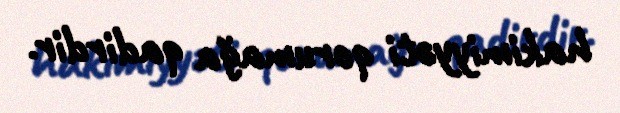
hakimiyyəti qorumağa qadirdir.